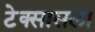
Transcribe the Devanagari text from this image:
टेक्सासला